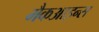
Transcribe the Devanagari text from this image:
मैकआइन्स